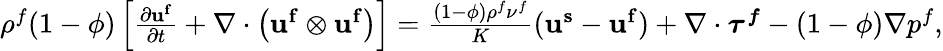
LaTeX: \begin{array}{r}{\rho^{f}(1-\phi)\left[\frac{\partial\mathbf{u^{f}}}{\partial t}+\mathbf{\nabla}\cdot\left(\mathbf{u^{f}}\otimes\mathbf{u^{f}}\right)\right]=\frac{(1-\phi)\rho^{f}\nu^{f}}{K}(\mathbf{u^{s}}-\mathbf{u^{f}})+\nabla\cdot\boldsymbol{\tau^{f}}-(1-\phi)\nabla p^{f},}\end{array}